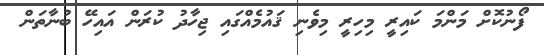
ފޯނުކޮށް މަންމަ ކައިރީ މިހިރީ މިވެނި ޤައުމެއްގައި ޖިހާދު ކުރަން އައިހޭ ބުނާތަން